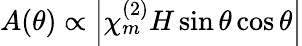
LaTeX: A(\theta)\propto\left|\chi_{m}^{(2)}H\sin\theta\cos\theta\right|